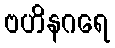
ဗဟိနဂရေ